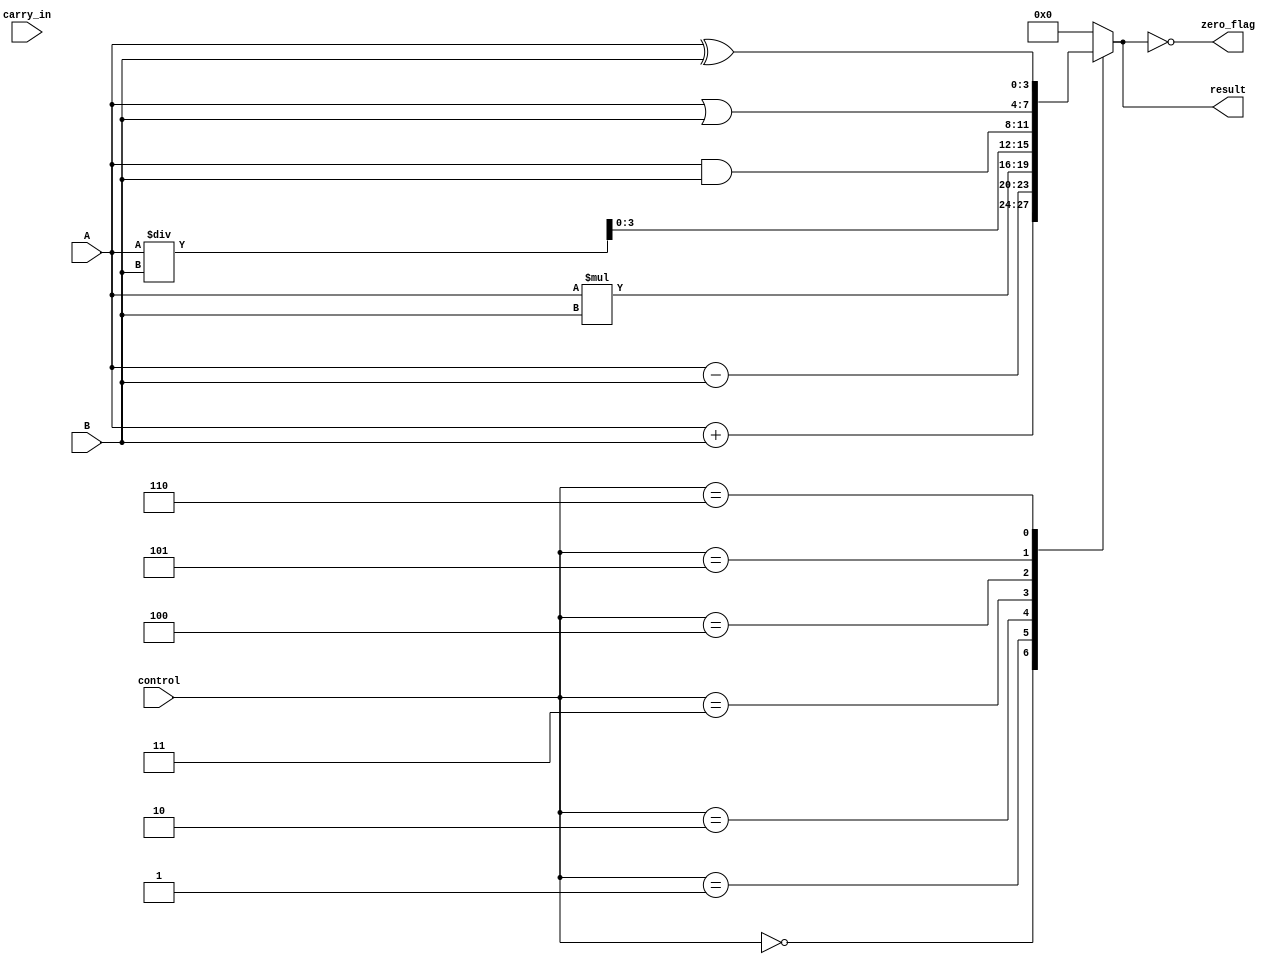
module ALU(
    input [3:0] A,
    input [3:0] B,
    input [2:0] control,
    input carry_in,
    output [3:0] result,
    output zero_flag
);

reg [4:0] temp_result;

always @(*)
begin
    case(control)
        3'b000: temp_result = A + B; // Addition
        3'b001: temp_result = A - B; // Subtraction
        3'b010: temp_result = A * B; // Multiplication
        3'b011: temp_result = A / B; // Division
        3'b100: temp_result = A & B; // AND
        3'b101: temp_result = A | B; // OR
        3'b110: temp_result = A ^ B; // XOR
        default: temp_result = 4'h0; // Default to 0
    endcase
end

assign result = temp_result[3:0];
assign zero_flag = (result == 4'h0);

endmodule